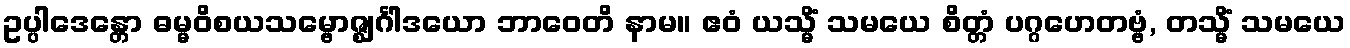
ဥပ္ပါဒေန္တော ဓမ္မဝိစယသမ္ဗောဇ္ဈင်္ဂါဒယော ဘာဝေတိ နာမ။ ဧဝံ ယသ္မိံ သမယေ စိတ္တံ ပဂ္ဂဟေတဗ္ဗံ, တသ္မိံ သမယေ